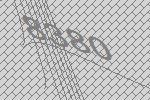
8380